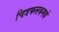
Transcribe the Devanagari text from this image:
चित्रफलकमद्ये